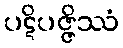
ပဋိပဇ္ဇိဿံ